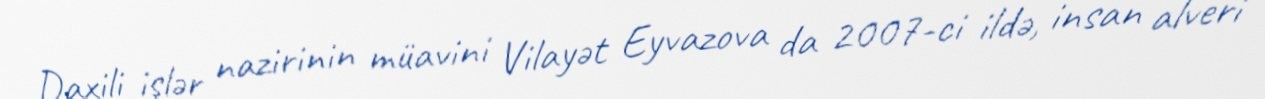
Daxili işlər nazirinin müavini Vilayət Eyvazova da 2007-ci ildə, insan alveri